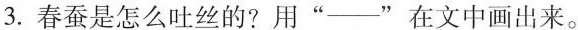
3.春蚕是怎么吐丝的?用”--”在文中画出来。